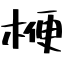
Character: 楩